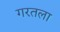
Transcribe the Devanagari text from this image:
गरतला